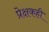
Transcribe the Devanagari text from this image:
प्रेक्षकही